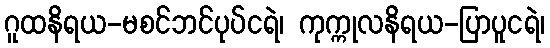
ဂူထနိရယ-မစင်ဘင်ပုပ်ငရဲ၊ ကုက္ကုလနိရယ-ပြာပူငရဲ၊